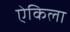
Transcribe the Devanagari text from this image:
ऐकिला